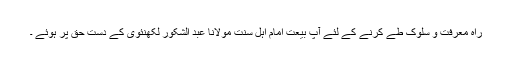
راہ معرفت و سلوک طے کرنے کے لئے آپ بیعت امام اہل سنت مولانا عبد الشکور لکھنئوی کے دست حق پر ہوئے ۔